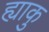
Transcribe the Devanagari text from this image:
ह्याकु